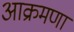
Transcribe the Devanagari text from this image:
आक्रमणा